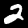
Digit: 2